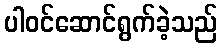
ပါဝင်ဆောင်ရွက်ခဲ့သည်